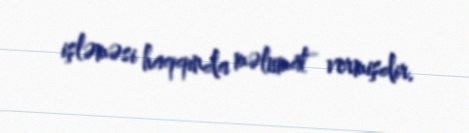
işləməsi haqqında məlumat vermişdir.